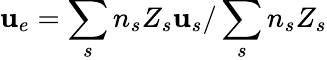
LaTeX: {\mathbf{u}}_{e}=\sum_{s}n_{s}Z_{s}{\mathbf{u}}_{s}/\sum_{s}n_{s}Z_{s}